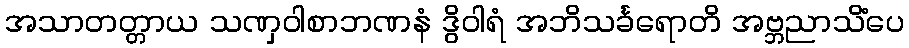
အသာတတ္တာယ သဏှဝါစာဘဏနံ ဒွိဝါရံ အဘိသင်္ခရောတိ အဗ္ဘညာသိံပေ